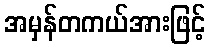
အမှန်တကယ်အားဖြင့်